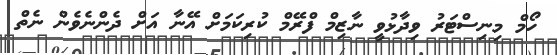
ހޯމް މިނިސްޓަރު ވިދާޅުވީ ނާޒިމް ފްރޭމް ކުރިކަމަށް އޭނާ އަށް ދެންނެވެން ނެތް